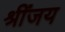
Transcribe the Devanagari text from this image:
श्रींजय